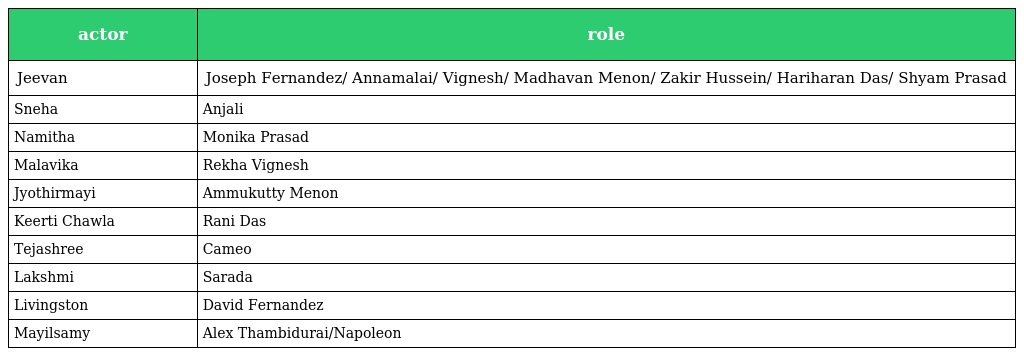
| actor | role |
 | --- | --- |
 | Jeevan | Joseph Fernandez/ Annamalai/ Vignesh/ Madhavan Menon/ Zakir Hussein/ Hariharan Das/ Shyam Prasad |
 | Sneha | Anjali |
 | Namitha | Monika Prasad |
 | Malavika | Rekha Vignesh |
 | Jyothirmayi | Ammukutty Menon |
 | Keerti Chawla | Rani Das |
 | Tejashree | Cameo |
 | Lakshmi | Sarada |
 | Livingston | David Fernandez |
 | Mayilsamy | Alex Thambidurai/Napoleon |